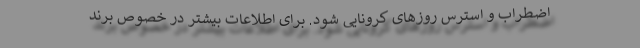
اضطراب و استرس روزهای کرونایی شود. برای اطلاعات بیشتر در خصوص برند